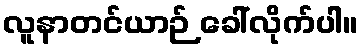
လူနာတင်ယာဉ် ခေါ်လိုက်ပါ။